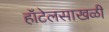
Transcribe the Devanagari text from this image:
हॉटेलसाखळी